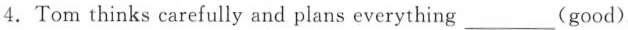
4.Tom thinks carefully and plans everything ___(good).